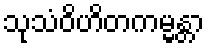
သုသံဝိဟိတကမ္မန္တာ